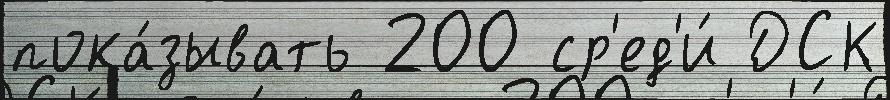
пока́зывать 200 ср'ед'и́ ДСК